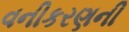
વનીકરણની